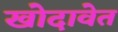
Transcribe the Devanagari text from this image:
खोदावेत